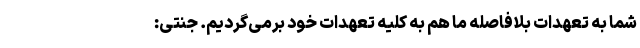
شما به تعهدات بلافاصله ما هم به کلیه تعهدات خود برمی‌گردیم. جنتی: